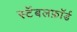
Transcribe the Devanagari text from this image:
स्टॅबलफ़ॉर्ड